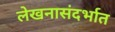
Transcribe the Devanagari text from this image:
लेखनासंदर्भात